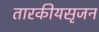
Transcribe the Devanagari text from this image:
तारकीयसृजन